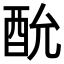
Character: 𮠠